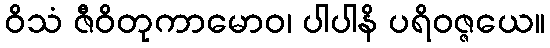
ဝိသံ ဇီဝိတုကာမောဝ၊ ပါပါနိ ပရိဝဇ္ဇယေ။